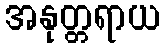
အနုတ္တရာယ